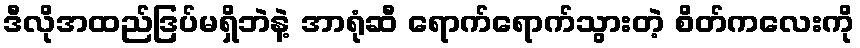
ဒီလိုအထည်ဒြပ်မရှိဘဲနဲ့ အာရုံဆီ ရောက်ရောက်သွားတဲ့ စိတ်ကလေးကို